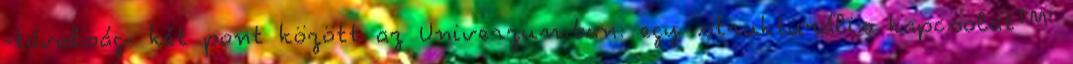
-távolság- két pont között az Univerzumban: egy strukturális kapcsolat™'